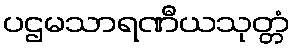
ပဌမသာရဏီယသုတ္တံ